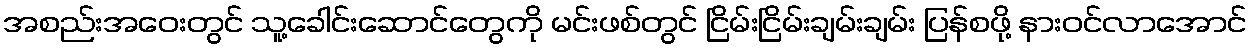
အစည်းအဝေးတွင် သူ့ခေါင်းဆောင်တွေကို မင်းဖစ်တွင် ငြိမ်းငြိမ်းချမ်းချမ်း ပြန်စဖို့ နားဝင်လာအောင်